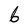
Character: b